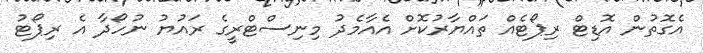
އެގޮތުން އޮޑިޓް ރިޕޯޓެއް ތައްޔާރުކޮށް އެއާމެދު މިނިސްޓްރީގެ ރައުޔު ނުހޯދާ އެ ރިޕޯޓު